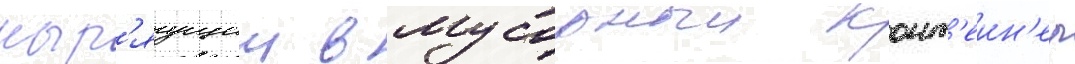
ныр'яущии в мусорныи конт'еин'ер